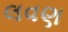
લવણ